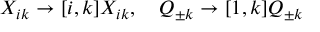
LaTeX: X _ { i k } \to [ i , k ] X _ { i k } , \quad Q _ { \pm k } \to [ 1 , k ] Q _ { \pm k }